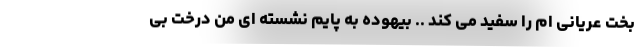
بختِ عریانی ام را سفید می کند .. بیهوده به پایم نشسته ای من درخت بی